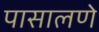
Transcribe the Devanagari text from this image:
पासालणे